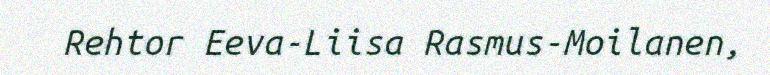
Rehtor Eeva-Liisa Rasmus-Moilanen,